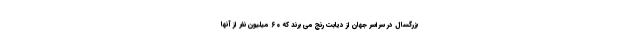
بزرگسال در سراسر جهان از دیابت رنج می برند که ۶۰ میلیون نفر از آنها